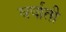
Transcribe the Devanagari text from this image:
वर्षाती